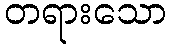
တရားသော